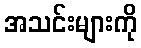
အသင်းများကို